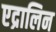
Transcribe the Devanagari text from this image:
एद्रालिन